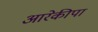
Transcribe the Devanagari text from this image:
आरेकीपा